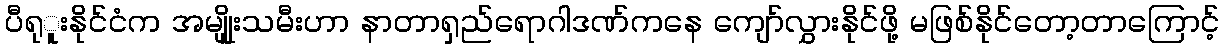
ပီရုူးနိုင်ငံက အမျိုူးသမီးဟာ နာတာရှည်ရောဂါဒဏ်ကနေ ကျော်လွှားနိုင်ဖို့ မဖြစ်နိုင်တော့တာကြောင့်